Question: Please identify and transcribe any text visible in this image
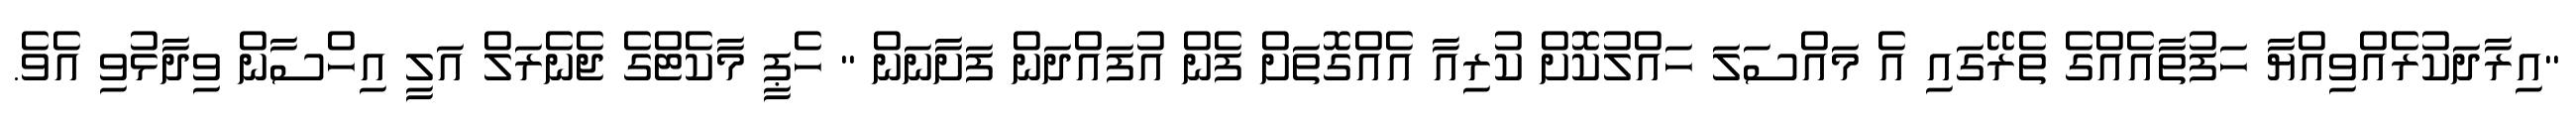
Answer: "އިރާދަކުރެއްވިއްޔާ ހަފުތާއެއްގެ ތެރޭގައި އެ މައްސަލަ ހައްލުކޮށް ކުރިއާ އެއްގޮތަށް ފެން އުފައްދަން ފަށާނަން " ހެޕީ މާކެޓްގެ ޖެނެރަލް އަލީ އިހްސާން ވިދާޅުވި އެވެ.